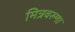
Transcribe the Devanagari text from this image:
मित्रवरुणा